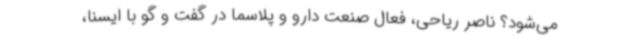
می‌شود؟ ناصر ریاحی، فعال صنعت دارو و پلاسما در گفت و گو با ایسنا،